Jaan_Tonisson_(Lasteleht), lk 85
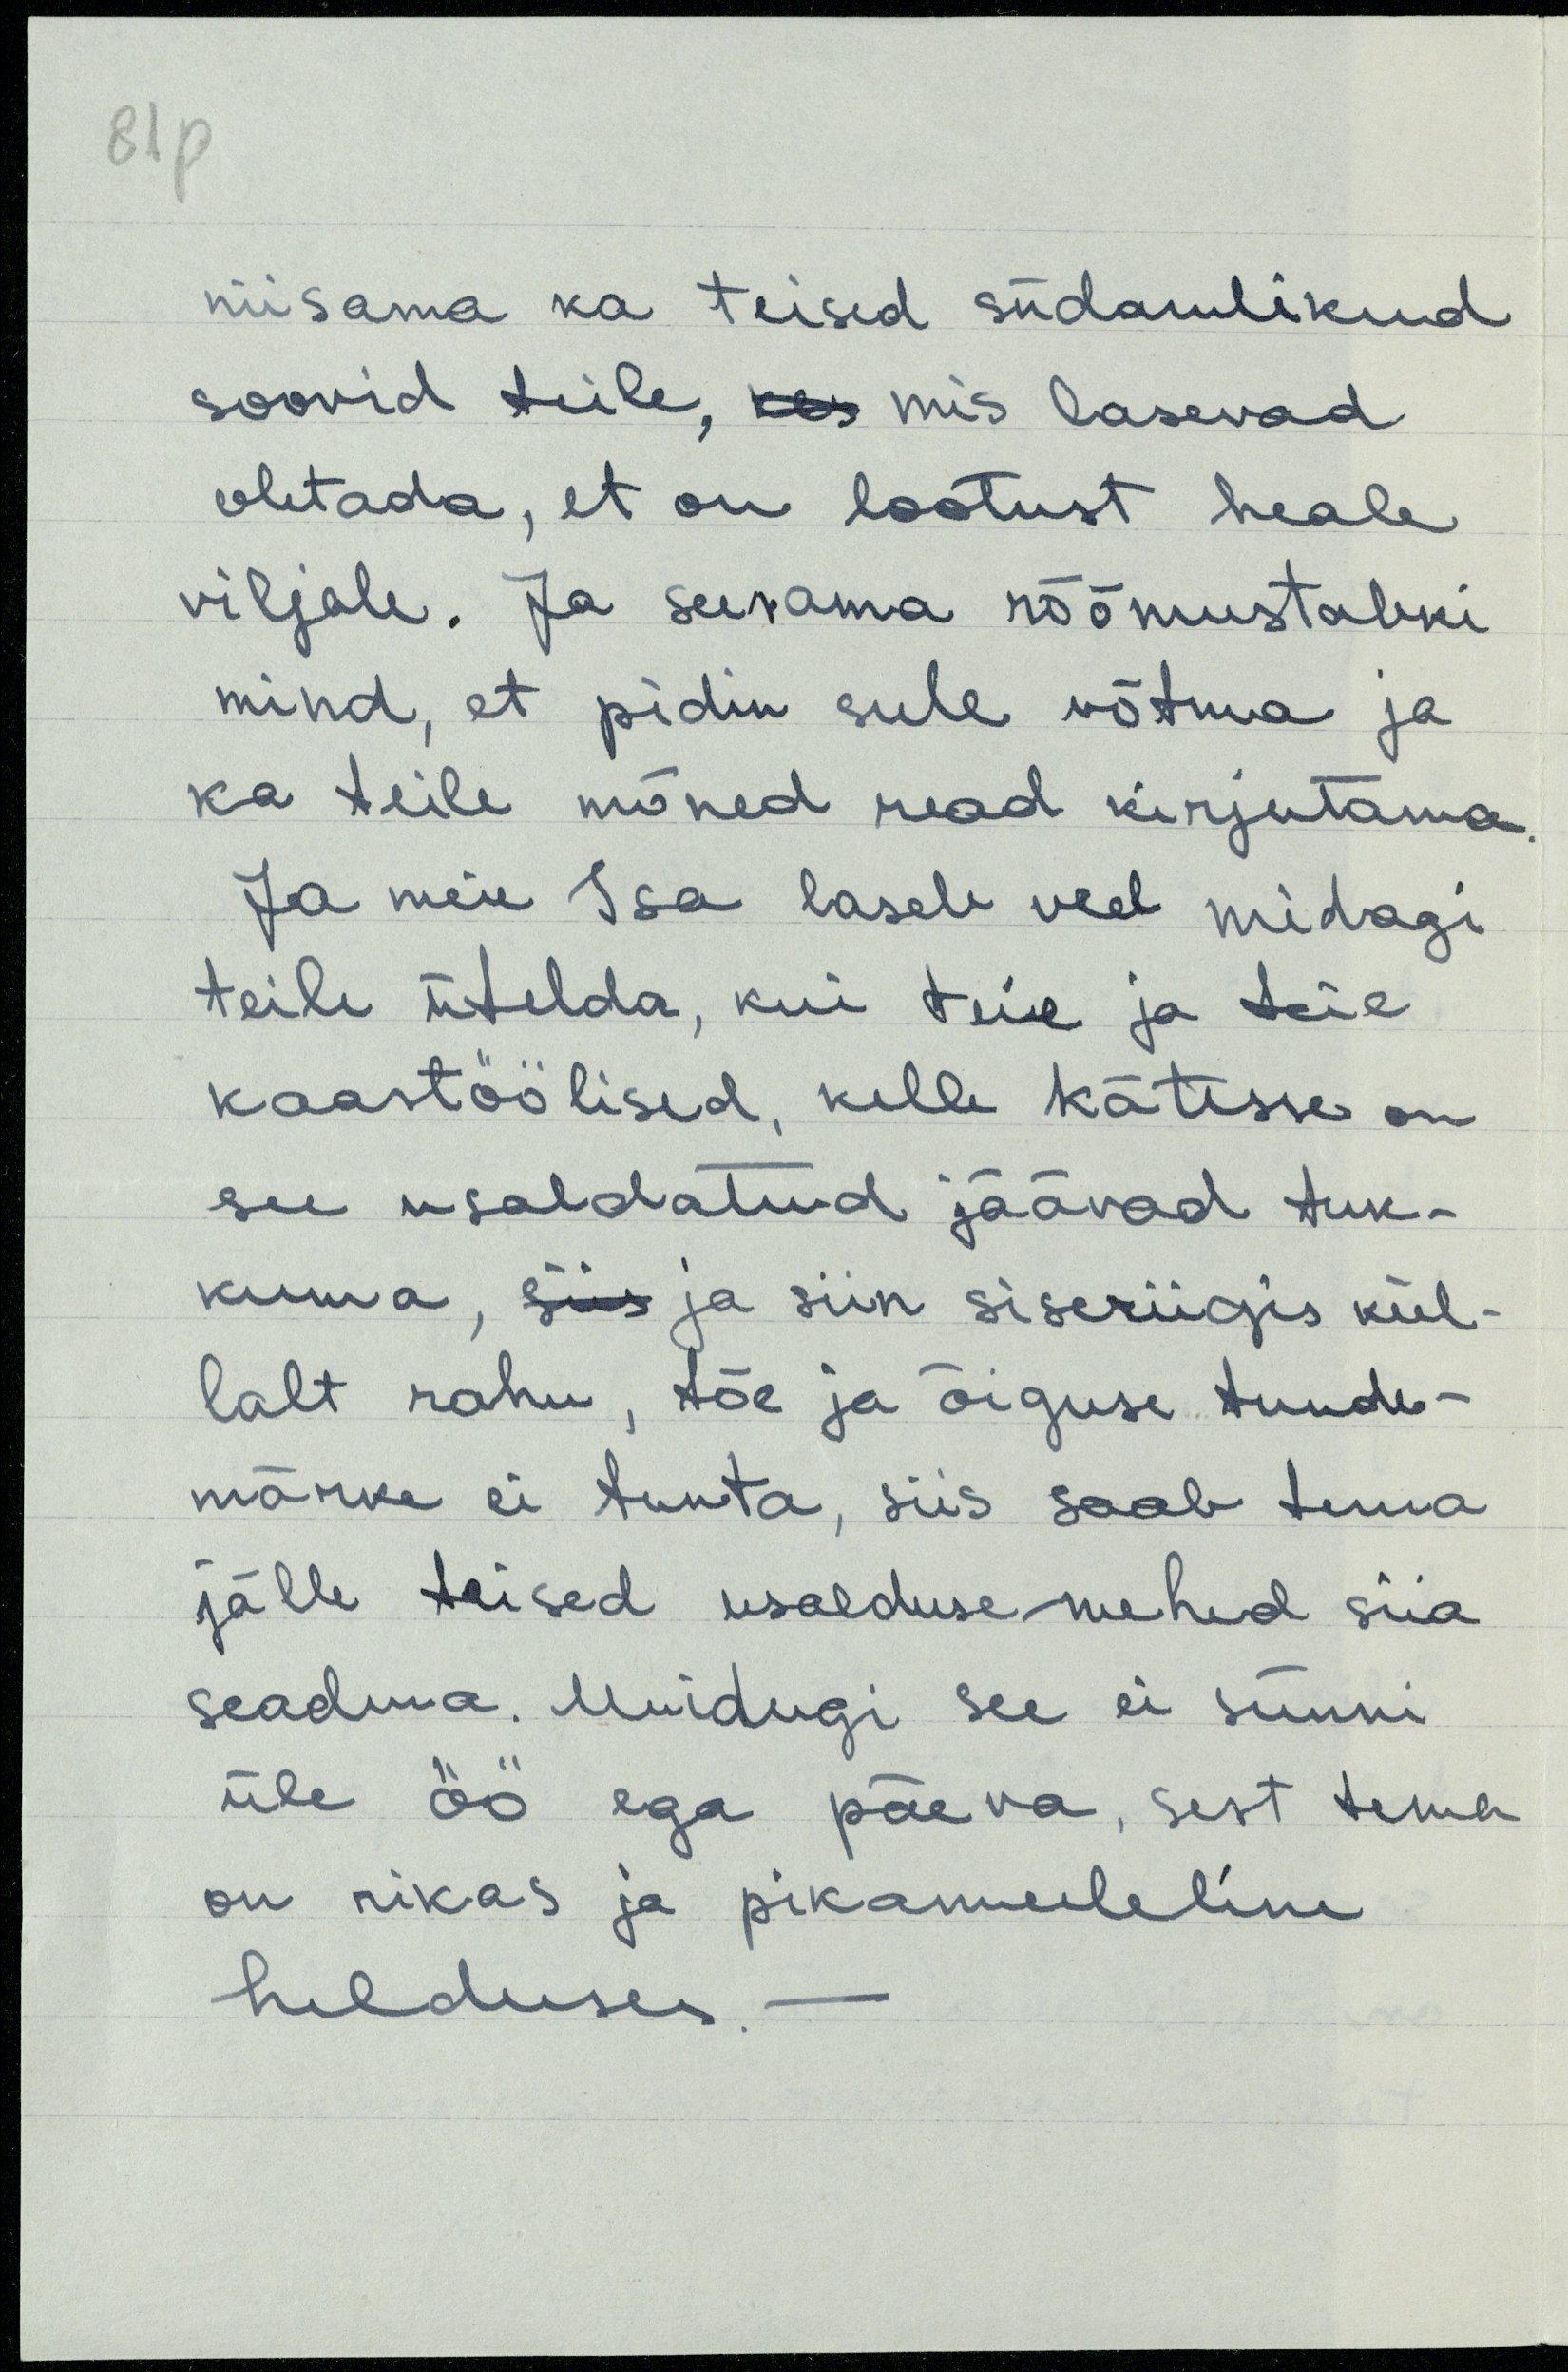
81p
niisama ka teised südamlikud
soovid teile, kes mis lasevad
oletada, et on lootust heale
viljale. Ja seesama rõõmustabki
mind, et pidin sule võtma ja
ka teile mõned read kirjutama,
Ja meie Isa laseb veel midagi
teile ütelda, kui teie ja teie
kaastöölised, kelle kätesse on
see usaldatud jäävad tuk-
kuma, ja siin siseriigis kül-
lalt rahu, tõe ja õiguse tunde-
märke ei tunta, siis saab tema
jälle teised usaldusemehed siia
seadma. Muidugi see ei sünni-
üle öö ega päeva, sest tema
on rikas ja pikameeleline
helduses.